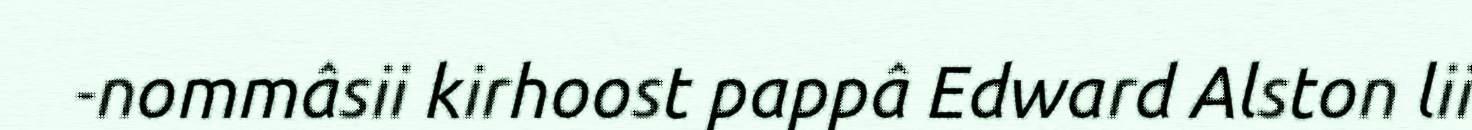
-nommâsii kirhoost pappâ Edward Alston lii